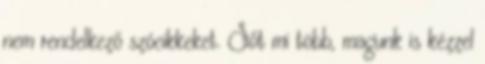
nem rendelkező szócikkeket. Sőt mi több, magunk is kézzel